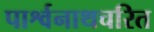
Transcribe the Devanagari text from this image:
पार्श्वनाथचरित